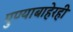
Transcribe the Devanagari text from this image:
पुण्याबाहेरही